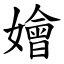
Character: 嬒